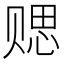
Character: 䞏